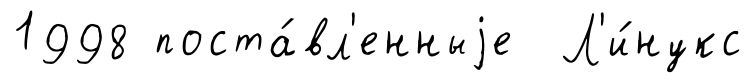
1998 поста́вл'енныjе Л'и́нукс